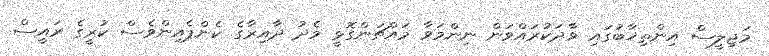
މަޖިލީސް އިންތިޚާބުގައި ވާދަކުރައްވަން ނިންމަވާ މައްޗަންގޮޅީ މެދު ދާއިރާގެ ކެންޕެއިންވެސް ކުރީގެ ރައީސް